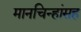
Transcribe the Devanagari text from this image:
मानचिन्हांसह